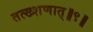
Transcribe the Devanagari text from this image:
तत्ख्शणात्॥९॥